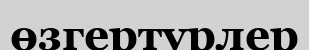
өзгертурлер